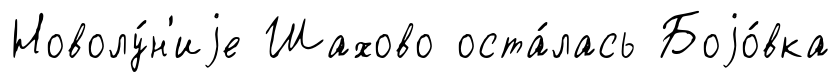
Новолу́н'иjе Шахово оста́лась Боjо́вка